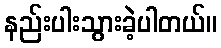
နည်းပါးသွားခဲ့ပါတယ်။